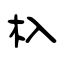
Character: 杁